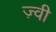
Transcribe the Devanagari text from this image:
ज़्वी